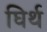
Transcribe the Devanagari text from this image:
घिर्थ